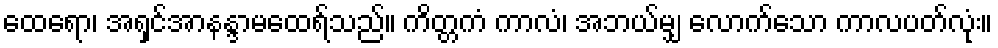
ထေရော၊ အရှင်အာနန္ဒာမထေရ်သည်။ ကိတ္တကံ ကာလံ၊ အဘယ်မျှ လောက်သော ကာလပတ်လုံး။